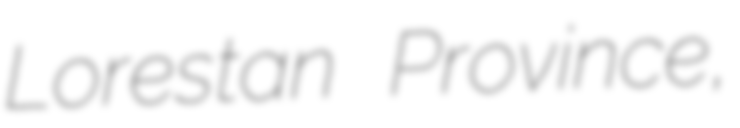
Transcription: Lorestan Province,